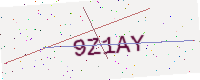
Text: 9Z1AY